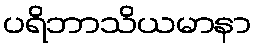
ပရိဘာသိယမာနာ